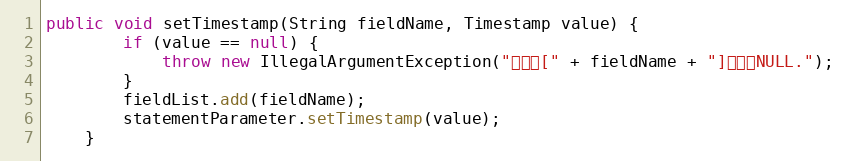
Language: Java
public void setTimestamp(String fieldName, Timestamp value) {
		if (value == null) {
			throw new IllegalArgumentException("参数值[" + fieldName + "]不能为NULL.");
		}
		fieldList.add(fieldName);
		statementParameter.setTimestamp(value);
	}